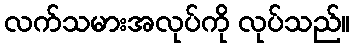
လက်သမားအလုပ်ကို လုပ်သည်။